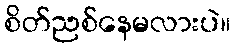
စိတ်ညစ်နေမလားပဲ။